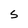
Character: S